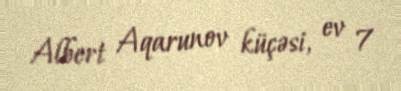
Albert Aqarunov küçəsi, ev 7